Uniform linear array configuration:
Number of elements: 24
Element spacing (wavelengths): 0.75
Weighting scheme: binomial
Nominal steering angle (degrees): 0
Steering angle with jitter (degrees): -1.298
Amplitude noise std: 0.05
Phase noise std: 0.05

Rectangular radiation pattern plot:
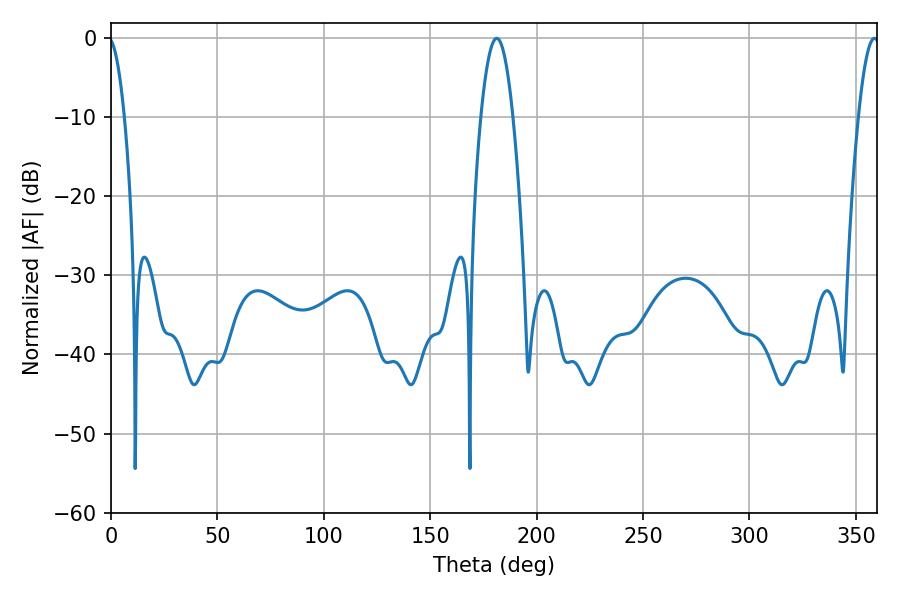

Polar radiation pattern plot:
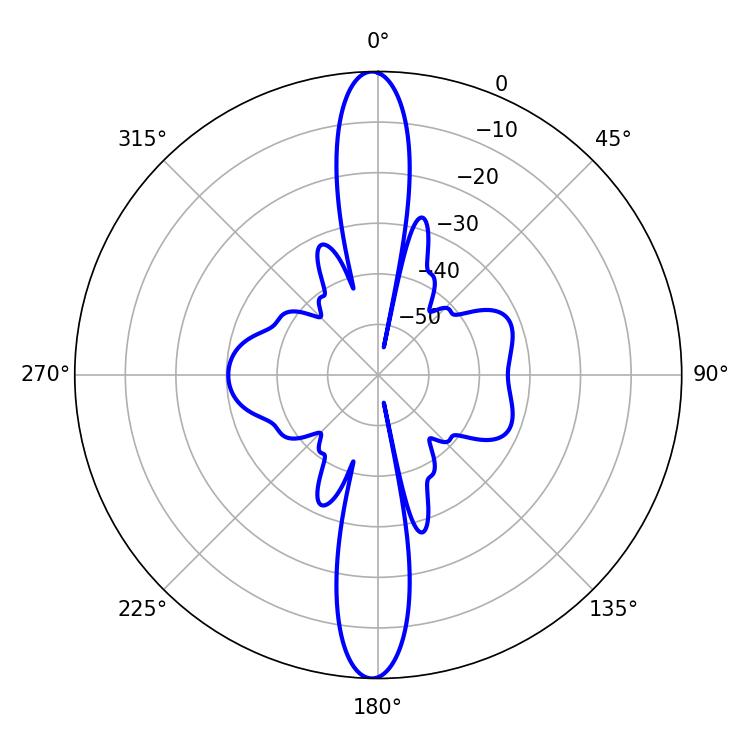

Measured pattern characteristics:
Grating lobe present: TRUE
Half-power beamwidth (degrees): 8.28
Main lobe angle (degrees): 181.26